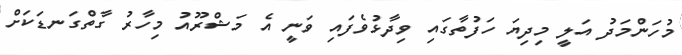
މުހަންމަދު އަލީ މިދިޔަ ހަފުތާގައި ވިދާޅުވެފައި ވަނީ އެ މަޝްރޫއު މިހާރު ގާތްގަނޑަކަށް